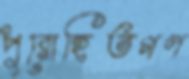
পুরোহিতগণ